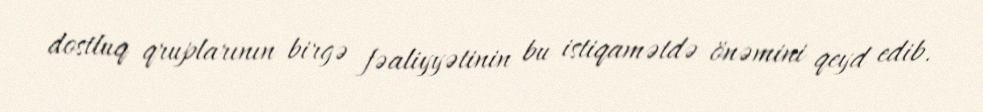
dostluq qruplarının birgə fəaliyyətinin bu istiqamətdə önəmini qeyd edib.